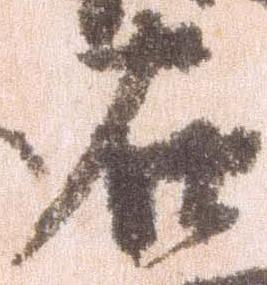
在